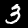
Label: 3